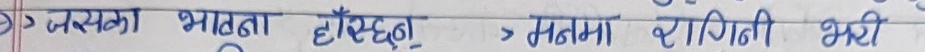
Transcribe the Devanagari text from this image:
जसका भुरा हाँस्छन् > मतमा राम्रो झरी